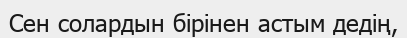
Сен солардын бірінен астым дедің,